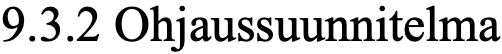
9.3.2 Ohjaussuunnitelma